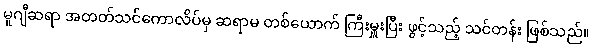
မူဂျီဆရာ အတတ်သင်ကောလိပ်မှ ဆရာမ တစ်ယောက် ကြီးမှူးပြီး ဖွင့်သည့် သင်တန်း ဖြစ်သည်။